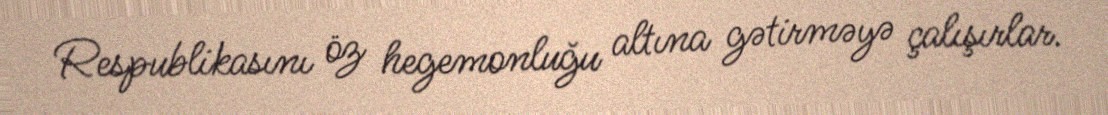
Respublikasını öz hegemonluğu altına gətirməyə çalışırlar.